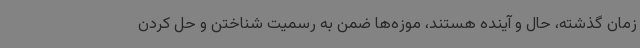
زمان گذشته، حال و آینده هستند، موزه‌ها ضمن به رسمیت شناختن و حل کردن